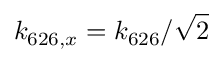
k _ { 6 2 6 , x } = \ensuremath { k _ { 6 2 6 } } / \sqrt { 2 }